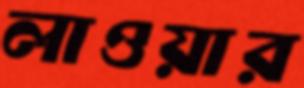
লাওয়ার